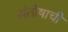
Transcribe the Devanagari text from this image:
संतोषाची